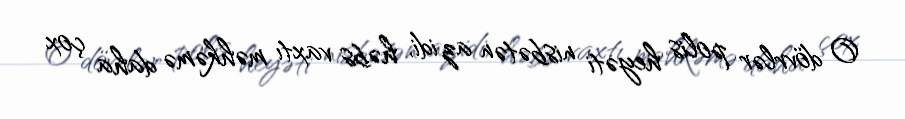
O dövrlər polis heyəti nisbətən az idi, həbs vaxtı məhkəmə daha çox